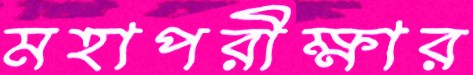
মহাপরীক্ষার